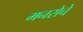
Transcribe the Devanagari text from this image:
मनरोचे